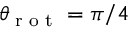
\theta _ { \textrm { r o t } } = \pi / 4